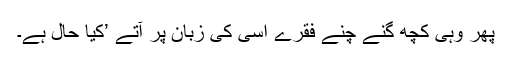
پھر وہی کچھ گنے چنے فقرے اسی کی زبان پر آتے ’کیا حال ہے۔